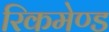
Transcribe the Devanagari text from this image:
रिकमेण्ड